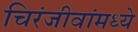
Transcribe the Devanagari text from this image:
चिरंजीवांमध्ये